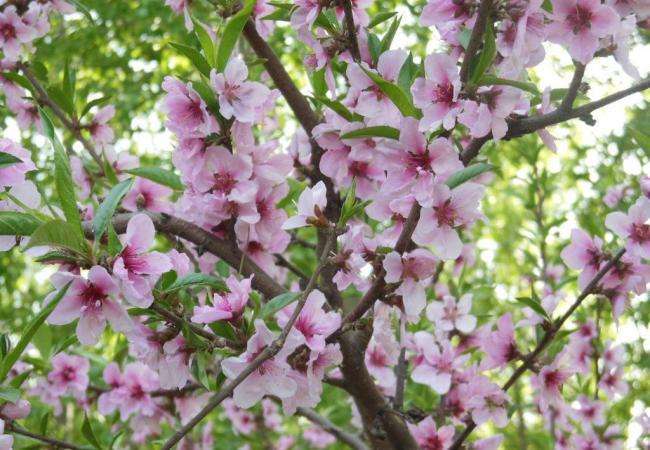
小桃无主自开花，烟草茫茫带晓鸦。